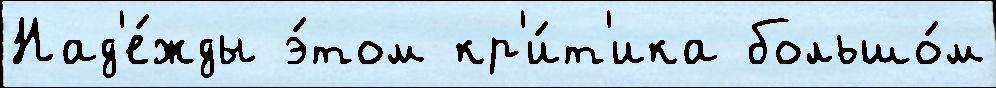
Над'е́жды э́том кр'и́т'ика большо́м